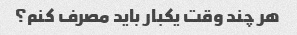
هر چند وقت یکبار باید مصرف کنم؟